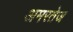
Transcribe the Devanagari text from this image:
अमरतेज